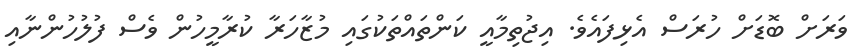
ވަރަށް ބޮޑަށް ހުރަސް އެޅިފައެވެ. އިޖުތިމާއީ ކަންތައްތަކުގައި މުޒާހަރާ ކުރާމީހުން ވެސް ފުލުހުންނާއި